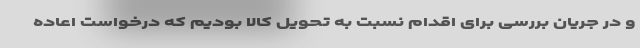
و در جریان بررسی برای اقدام نسبت به تحویل کالا بودیم که درخواست اعاده